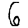
Digit: 6